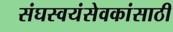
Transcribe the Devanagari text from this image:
संघस्वयंसेवकांसाठी